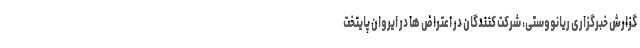
گزارش خبرگزاری ریانووستی، شرکت کنندگان در اعتراض ها در ایروان پایتخت